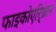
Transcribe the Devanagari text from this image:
फाइकोएरि्थ्रान